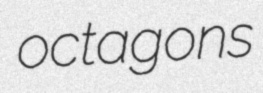
octagons